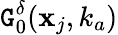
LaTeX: \mathtt{G}_{0}^{\delta}(\mathbf{{x}}_{j},k_{a})